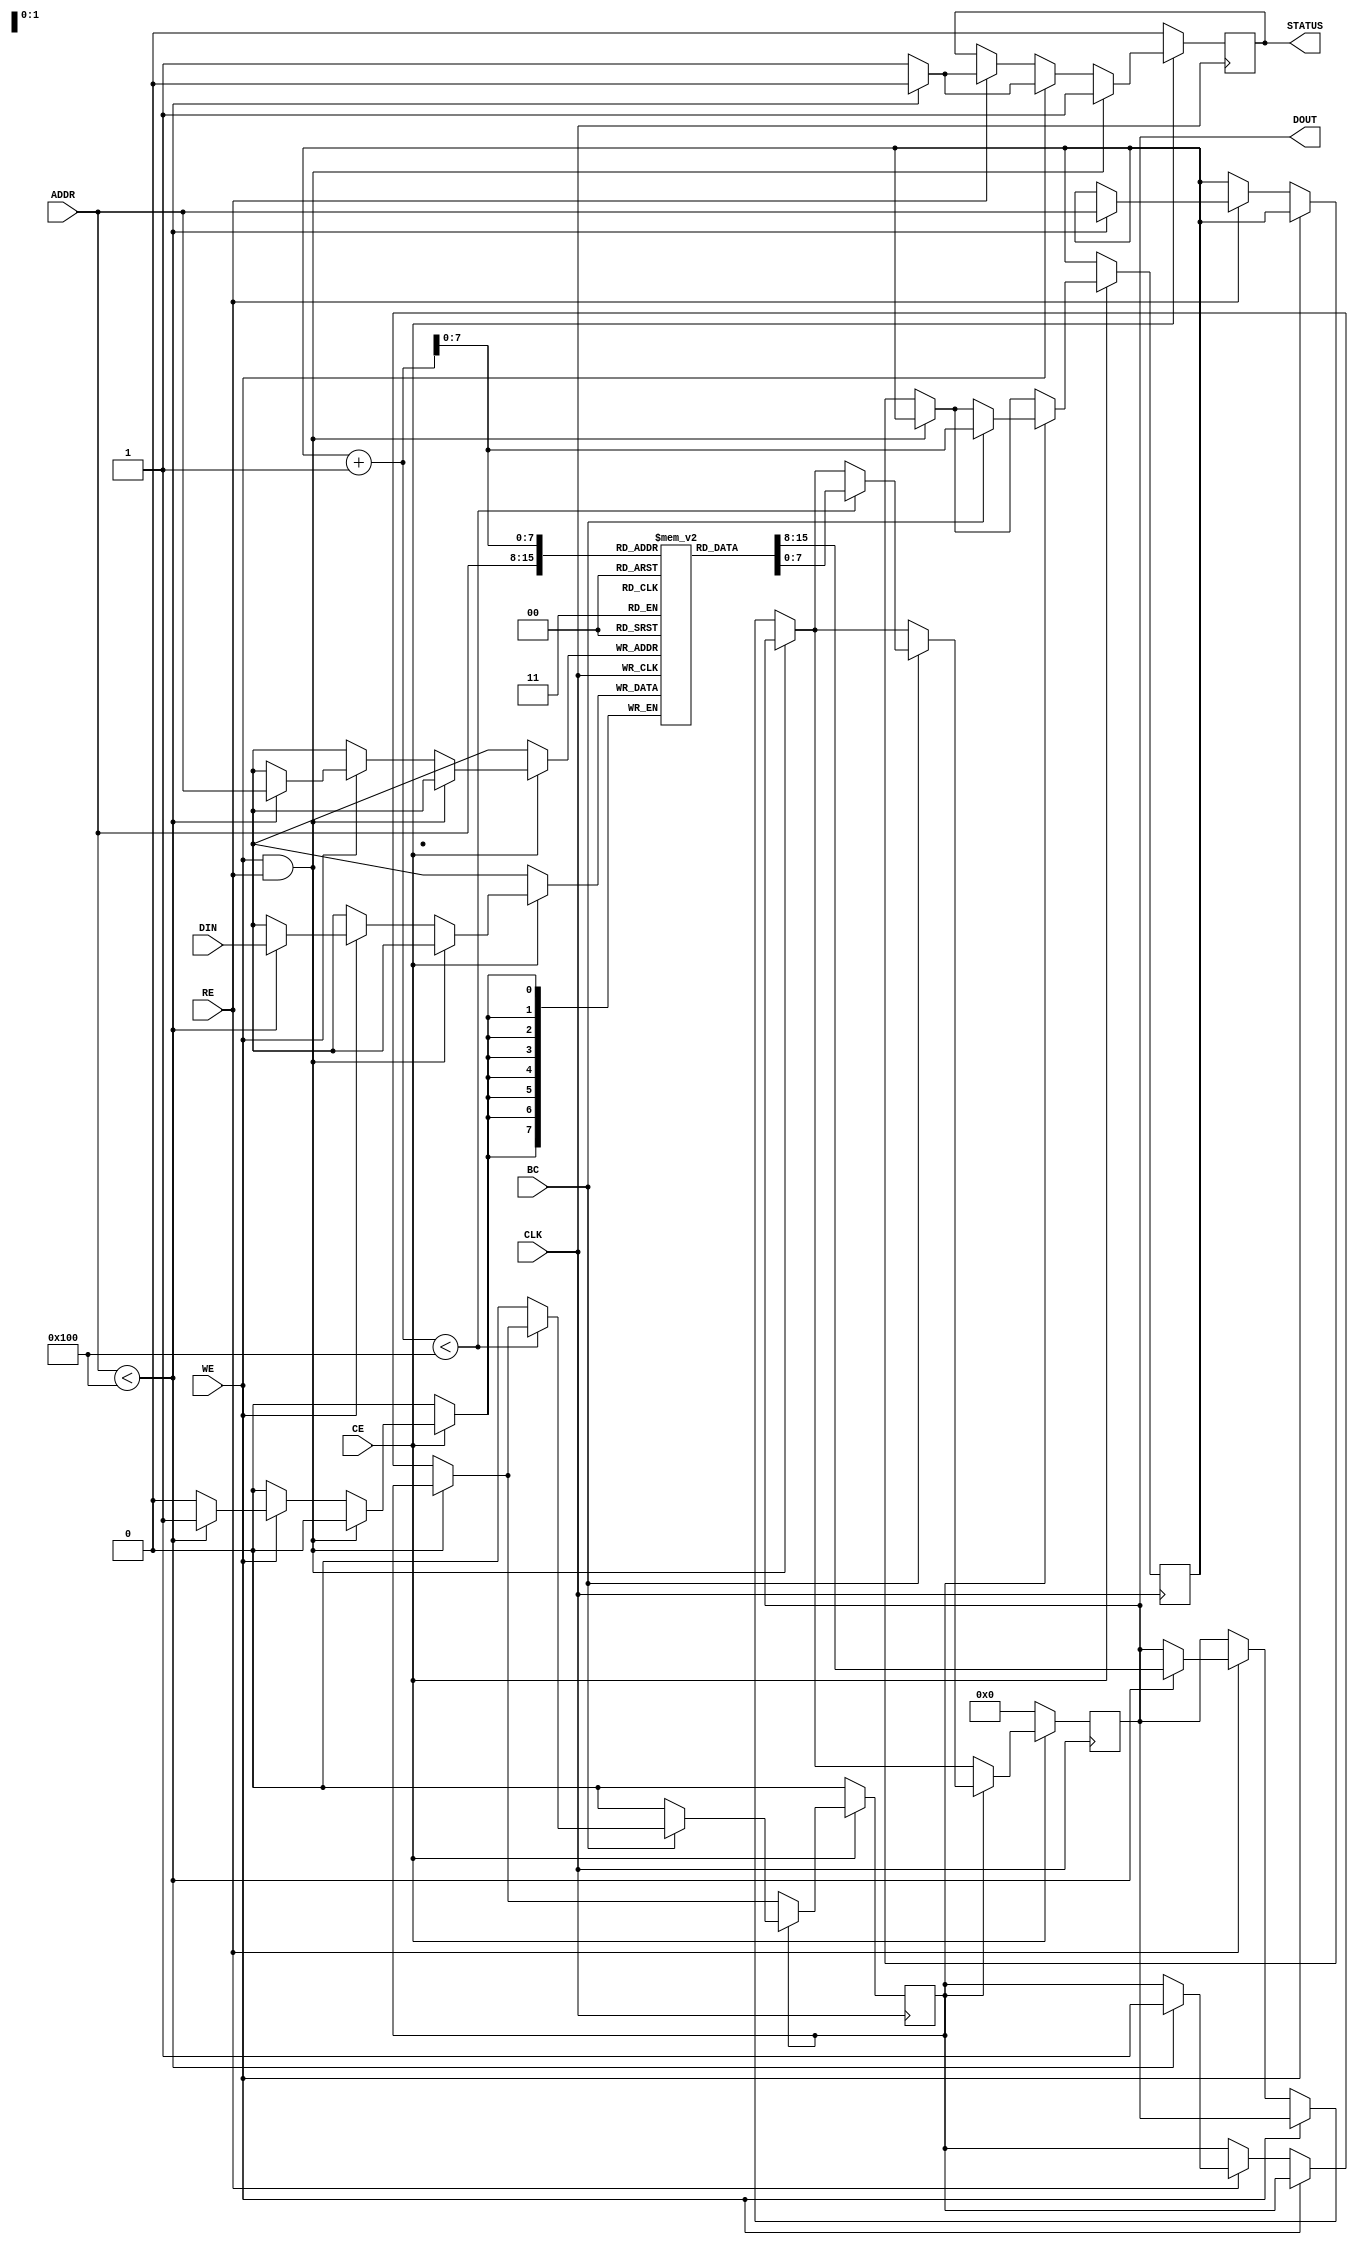
module BurstSRAM #(
    parameter WORD_WIDTH = 8,  // Number of bits per word
    parameter DEPTH = 256       // Number of words (memory depth)
)(
    input wire [7:0] ADDR,      // Address input
    input wire [WORD_WIDTH-1:0] DIN, // Data input
    input wire WE,              // Write Enable
    input wire RE,              // Read Enable
    input wire CE,              // Chip Enable
    input wire BC,              // Burst Control
    input wire CLK,             // Clock signal
    output reg [WORD_WIDTH-1:0] DOUT, // Data output
    output reg STATUS           // Status signal (optional)
);

// Memory array declaration
reg [WORD_WIDTH-1:0] memory [0:DEPTH-1];

// Internal address register for burst operation
reg [7:0] burst_addr;
reg burst_active;

always @(posedge CLK) begin
    if (!CE) begin
        // If Chip Enable is low, reset the status and output
        DOUT <= 0;
        STATUS <= 0;
        burst_active <= 0;
    end else begin
        if (WE && RE) begin
            // Conflict: both write and read enabled
            STATUS <= 1; // Set status to indicate error
        end else if (WE) begin
            // Write operation
            if (ADDR < DEPTH) begin
                memory[ADDR] <= DIN; // Write data to memory
                STATUS <= 0; // Clear status on successful write
            end else begin
                STATUS <= 1; // Address out of bounds
            end
        end else if (RE) begin
            // Read operation
            if (ADDR < DEPTH) begin
                DOUT <= memory[ADDR]; // Read data from memory
                STATUS <= 0; // Clear status on successful read
                burst_addr <= ADDR;   // Initialize burst address
                burst_active <= 1;    // Activate burst mode
            end else begin
                STATUS <= 1; // Address out of bounds
            end
        end
        
        // Handle burst operation
        if (burst_active) begin
            if (BC) begin
                burst_addr <= burst_addr + 1; // Increment burst address
                if (burst_addr + 1 < DEPTH) begin
                    DOUT <= memory[burst_addr + 1]; // Read next word in burst
                end else begin
                    burst_active <= 0; // Deactivate burst mode if end of memory reached
                end
            end else begin
                burst_active <= 0; // Deactivate burst mode when BC is low
            end
        end
    end
end

endmodule